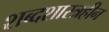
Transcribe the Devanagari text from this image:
शब्दशास्त्रहीन